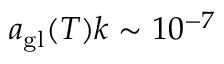
a _ { \mathrm { g l } } ( T ) k \sim 1 0 ^ { - 7 }